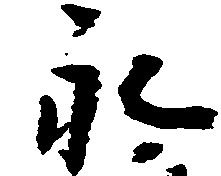
永